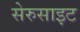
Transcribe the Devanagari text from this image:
सेरुसाइट